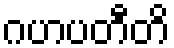
ဂဟပတီတိ